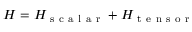
H = H _ { \mathrm { ~ s ~ c ~ a ~ l ~ a ~ r ~ } } + H _ { \mathrm { ~ t ~ e ~ n ~ s ~ o ~ r ~ } }